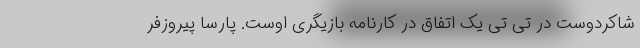
شاکردوست در تی تی یک اتفاق در کارنامه بازیگری اوست. پارسا پیروزفر